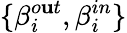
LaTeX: \{ \beta_{i}^{o\mathbf{u}t},\beta_{i}^{in}\}